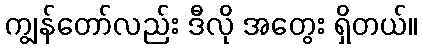
ကျွန်တော်လည်း ဒီလို အတွေး ရှိတယ်။